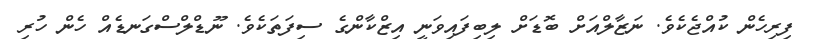
ފިރިހެން ކުއްޖެކެވެ. ނަޒާލްއަށް ބޮޑަށް ލިބިފައިވަނީ އިޒްކާންގެ ސިފަތަކެވެ. ނޫޑްލްސްގަނޑެއް ހެން ހުރި